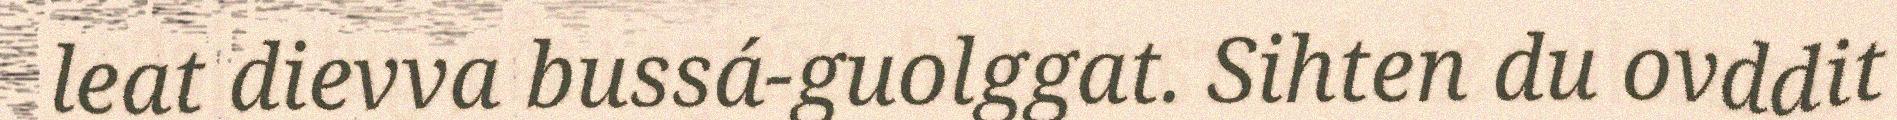
leat dievva bussá-guolggat. Sihten du ovddit